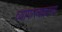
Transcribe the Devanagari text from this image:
व्यापारचक्राचा